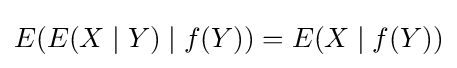
E(E(X\mid Y)\mid f(Y))=E(X\mid f(Y))